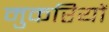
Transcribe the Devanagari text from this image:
मुकरियों